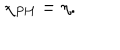
\chi _ { \mathrm { P H } } = \eta .